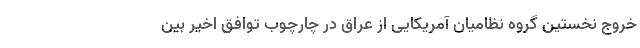
خروج نخستین گروه نظامیان آمریکایی از عراق در چارچوب توافق اخیر بین